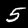
Digit: 5